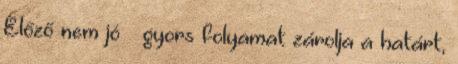
Előző nem jó – gyors folyamat zárolja a határt,